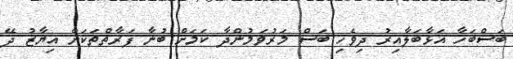
ބަސްބަހާ އަޅާބަލާއިރު ދިވެހި ބަސް މަރުވަމުންދާ ކަމަށް ބުނާ ފަރާތްތަކަށް އިޔާޒު ދޭ